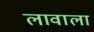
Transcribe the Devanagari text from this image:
लावाला